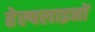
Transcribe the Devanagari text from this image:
हेल्पलाइनों